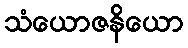
သံယောဇနိယော